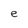
Character: e